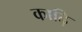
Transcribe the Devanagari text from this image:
काढ़ि